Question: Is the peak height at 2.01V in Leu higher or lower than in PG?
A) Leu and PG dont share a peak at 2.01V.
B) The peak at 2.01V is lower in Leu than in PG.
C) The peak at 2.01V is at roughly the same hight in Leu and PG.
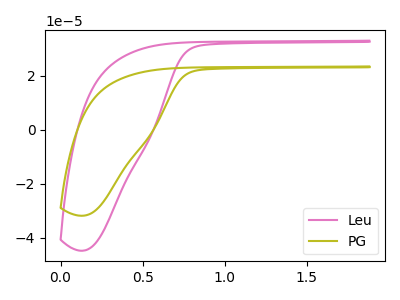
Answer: <think>The pink curve "Leu" has no peaks. The olive curve "PG" has no peaks.</think>
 <answer>A) "Leu" and "PG" dont share a peak at 2.01V.</answer>
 <eval>A</eval>